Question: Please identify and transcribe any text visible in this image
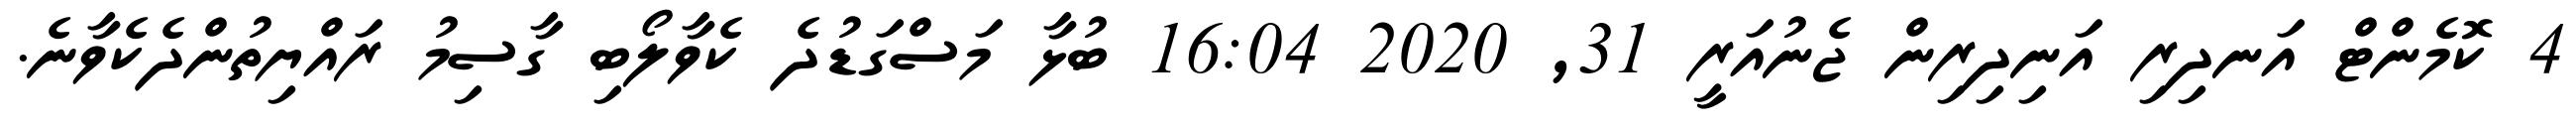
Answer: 4 ކޮމެންޓް އަނދިރި އަނިދިރިން ޖެނުއަރީ 31, 2020 16:04 ބުޅާ މަސްގަޑުދެ ކެވާލޯބި ގާސިމު ރައްޔިތުންދެކެވާނެ.